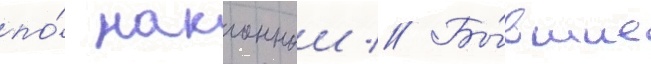
по́ наклоннои // Бы́вшие